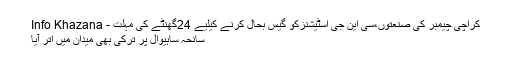
کراچی چیمبر کی صنعتوں،سی این جی اسٹیشنزکو گیس بحال کرنے کیلیے 24گھنٹے کی مہلت - Info Khazana
سانحہ ساہیوال پر ترکی بھی میدان میں اتر آیا